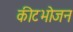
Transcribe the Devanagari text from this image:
कीटभोजन